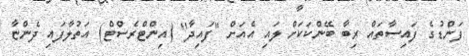
ފަންޑުގެ ފައިސާތައް ރިބާ ބޭންކަކަށް ލައި އެއަށް ''ފައިދާ'' (އިންޓްރެސްޓް) އަތުލާފައި ދެންޏާ